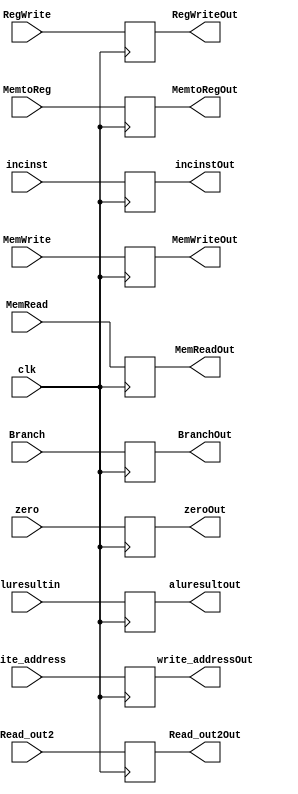

module EXEMEMRegister(BranchOut, MemReadOut ,MemtoRegOut, MemWriteOut,RegWriteOut,zeroOut,write_addressOut,aluresultout,
Read_out2Out,incinstOut,clk,Branch, MemRead ,MemtoReg, MemWrite,RegWrite,zero,write_address,aluresultin,Read_out2,
incinst);
	input clk,Branch, MemRead ,MemtoReg, MemWrite,RegWrite,zero;
	input [4:0] write_address;
	input [31:0] aluresultin,Read_out2,incinst;
	output reg BranchOut, MemReadOut ,MemtoRegOut, MemWriteOut,RegWriteOut,zeroOut;
	output reg [4:0] write_addressOut;
	output reg [31:0] aluresultout, Read_out2Out,incinstOut;

always @ (posedge clk) begin
	BranchOut<=Branch;
    MemReadOut<=MemRead;
    MemWriteOut<=MemWrite;
	aluresultout <= aluresultin;
    Read_out2Out<=Read_out2;
    write_addressOut<=write_address;
    zeroOut<=zero;
    incinstOut<=incinst;
    MemtoRegOut<=MemtoReg;
    RegWriteOut<=RegWrite;


end

endmodule